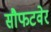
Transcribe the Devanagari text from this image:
सौफटवेर